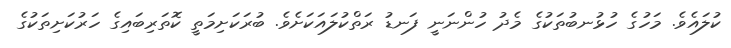
ކުލައެވެ. މަހުގެ ހުޅުނބުތަކުގެ މެދު ހުންނަނީ ފަނޑު ރަތްކުލައަކަށެވެ. ބުރަކަށިމަތީ ކޮތަރިބައިގެ ހަރުކަށިތަކުގެ